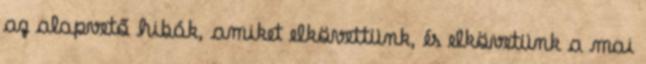
az alapvető hibák, amiket elkövettünk, és elkövetünk a mai